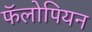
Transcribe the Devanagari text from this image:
फॅलोपियन